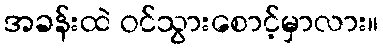
အခန်းထဲ ဝင်သွားစောင့်မှာလား။